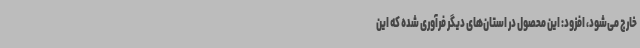
خارج می‌شود، افزود: این محصول در استان‌های دیگر فرآوری شده که این